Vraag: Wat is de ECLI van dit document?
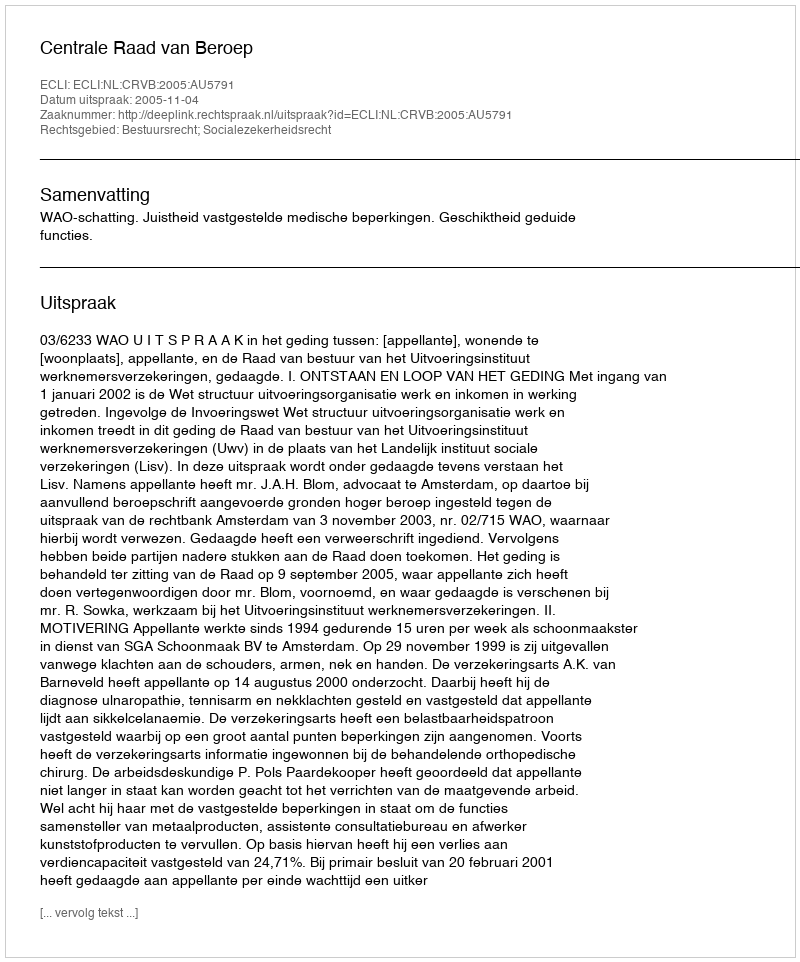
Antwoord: ECLI:NL:CRVB:2005:AU5791